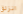
انزلق